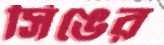
সিঙের